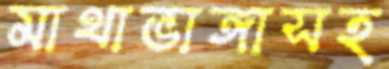
মাথাভাঙ্গাসহ